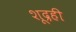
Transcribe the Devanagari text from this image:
शूद्रही